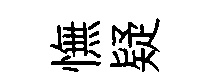
憮疑